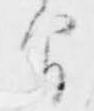
間